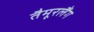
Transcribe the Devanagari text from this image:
तैमूरलैंग